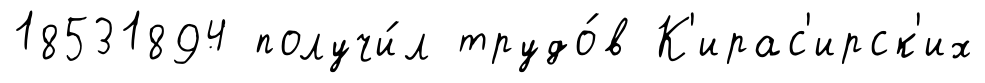
18531894 получи́л трудо́в К'ирас'ирск'их